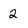
Character: 2